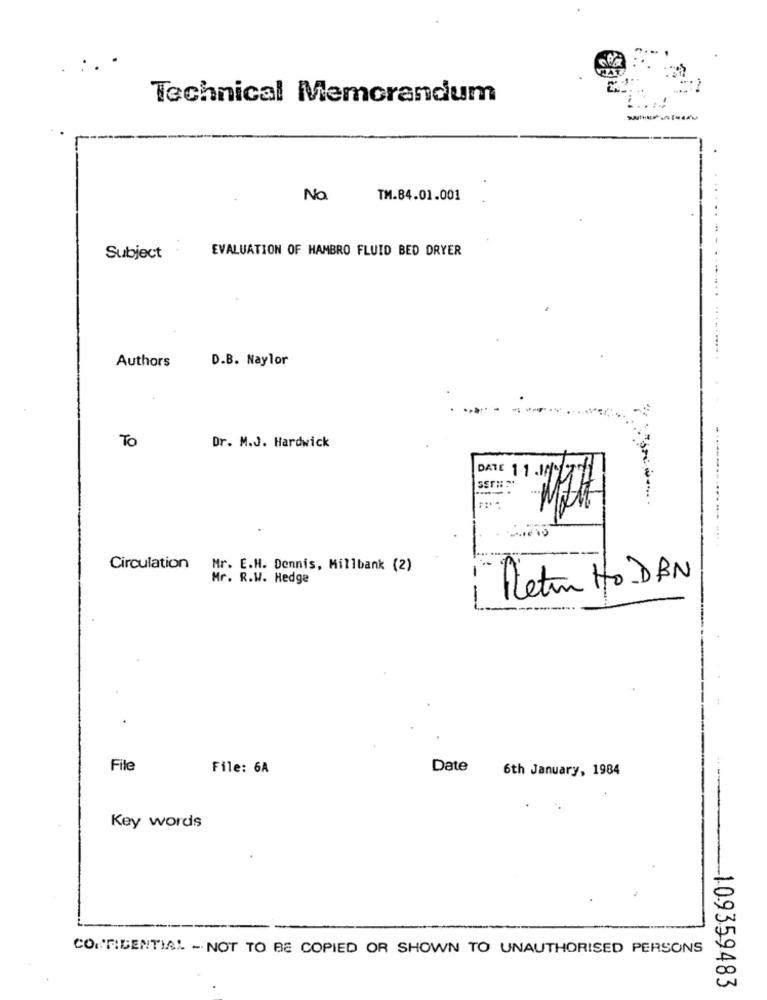
Technical Memorandum
No.
TM.84.01.001
EVALUATION OF HAMBRO FLUID BED DRYER
Subject
Authors
D.B. Naylor
To
Dr. M.J. Hardwick
DATE 11/1177
Circulation
Mr. E.H. Dennis, Millbank (2)
Mr. R.W. Hedge
-
Return Ho_DBN
-
File
File: 6A
Date
6th January, 1984
Key words
CONFIDENTIAL - NOT TO BE COPIED OR SHOWN TO UNAUTHORISED PERSONS
109359483